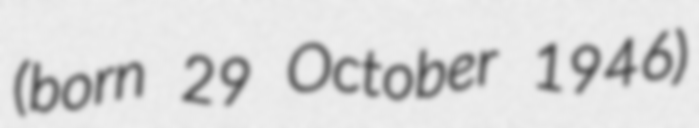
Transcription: (born 29 October 1946)